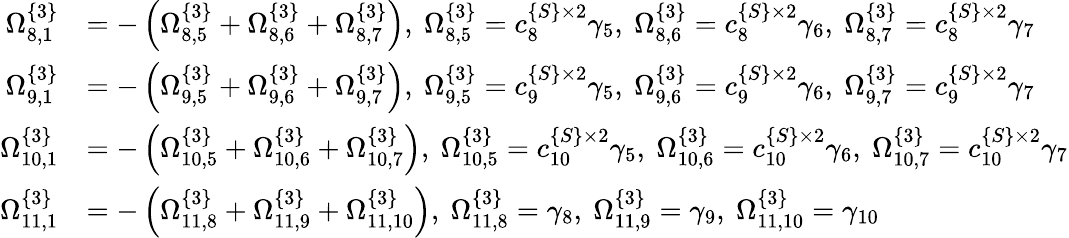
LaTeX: \begin{array}{rl}{\Omega_{8,1}^{\{ 3\} }}&{=-\left(\Omega_{8,5}^{\{ 3\} }+\Omega_{8,6}^{\{ 3\} }+\Omega_{8,7}^{\{ 3\} }\right),\ \Omega_{8,5}^{\{ 3\} }=c_{8}^{\{ S\} \times 2}\gamma_{5},\ \Omega_{8,6}^{\{ 3\} }=c_{8}^{\{ S\} \times 2}\gamma_{6},\ \Omega_{8,7}^{\{ 3\} }=c_{8}^{\{ S\} \times 2}\gamma_{7}}\\ {\Omega_{9,1}^{\{ 3\} }}&{=-\left(\Omega_{9,5}^{\{ 3\} }+\Omega_{9,6}^{\{ 3\} }+\Omega_{9,7}^{\{ 3\} }\right),\ \Omega_{9,5}^{\{ 3\} }=c_{9}^{\{ S\} \times 2}\gamma_{5},\ \Omega_{9,6}^{\{ 3\} }=c_{9}^{\{ S\} \times 2}\gamma_{6},\ \Omega_{9,7}^{\{ 3\} }=c_{9}^{\{ S\} \times 2}\gamma_{7}}\\ {\Omega_{10,1}^{\{ 3\} }}&{=-\left(\Omega_{10,5}^{\{ 3\} }+\Omega_{10,6}^{\{ 3\} }+\Omega_{10,7}^{\{ 3\} }\right),\ \Omega_{10,5}^{\{ 3\} }=c_{10}^{\{ S\} \times 2}\gamma_{5},\ \Omega_{10,6}^{\{ 3\} }=c_{10}^{\{ S\} \times 2}\gamma_{6},\ \Omega_{10,7}^{\{ 3\} }=c_{10}^{\{ S\} \times 2}\gamma_{7}}\\ {\Omega_{11,1}^{\{ 3\} }}&{=-\left(\Omega_{11,8}^{\{ 3\} }+\Omega_{11,9}^{\{ 3\} }+\Omega_{11,10}^{\{ 3\} }\right),\ \Omega_{11,8}^{\{ 3\} }=\gamma_{8},\ \Omega_{11,9}^{\{ 3\} }=\gamma_{9},\ \Omega_{11,10}^{\{ 3\} }=\gamma_{10}}\end{array}